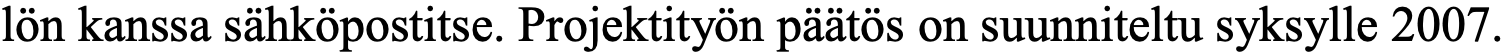
lön kanssa sähköpostitse. Projektityön päätös on suunniteltu syksylle 2007.